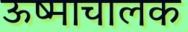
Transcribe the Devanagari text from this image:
ऊष्माचालक